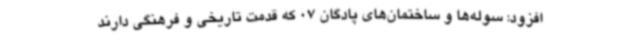
افزود: سوله‌ها و ساختمان‌های پادگان 07 که قدمت تاریخی و فرهنگی دارند